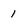
Character: 1